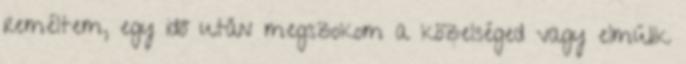
reméltem, egy idő után megszokom a közelséged vagy elmúlik